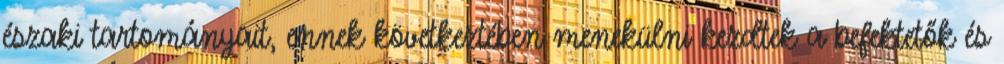
északi tartományait, ennek következtében menekülni kezdtek a befektetők és